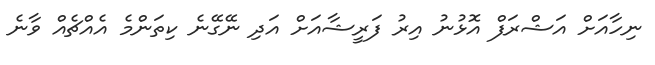
ނިހާއަށް އަޝްރަފް އޮޅުނު އިރު ފަރީޝާއަށް އަދި ނޭގޭނެ ކިތަންމެ އެއްޗެއް ވާނެ